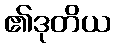
၏ဒုတိယ